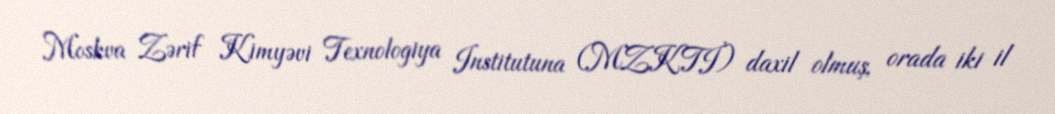
Moskva Zərif Kimyəvi Texnologiya Institutuna (MZKTİ) daxil olmuş, orada iki il